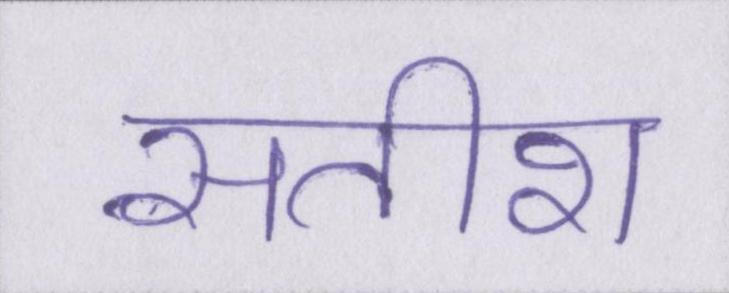
सतीश